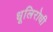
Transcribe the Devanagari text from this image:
धूलिरोधी